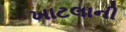
ખાટલાની